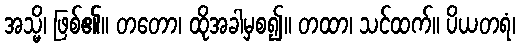
အသ္မိ၊ ဖြစ်၏။ တတော၊ ထိုအခါမှစ၍။ တထာ၊ သင်ထက်။ ပိယတရံ၊